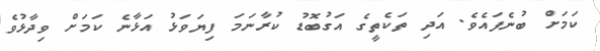
ކަމަށް ބުނެފައެވެ. އަދި ތަކެތީގެ އަގުބޮޑު ކުރާނަމަ ފިޔަވަޅު އަޅާނެ ކަމަށް ވިދާޅުވެ